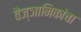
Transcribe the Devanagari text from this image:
वैज्ञानिकांचा